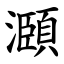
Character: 㶊